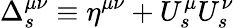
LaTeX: \Delta_{s}^{\mu\nu}\equiv\eta^{\mu\nu}+U_{s}^{\mu}U_{s}^{\nu}